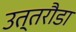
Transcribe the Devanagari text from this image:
उत्तरौडा